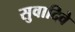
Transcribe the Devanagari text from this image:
सुवादिवे